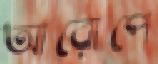
আরোপে